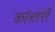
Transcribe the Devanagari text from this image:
कांचारी